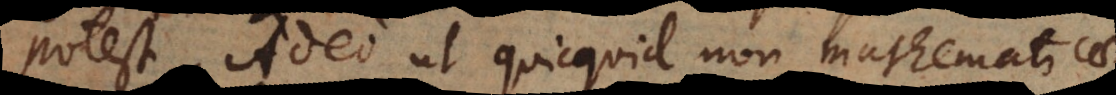
potest. Adeo ut quicquid non mathematicae